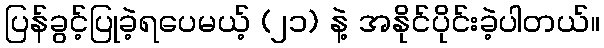
ပြန်ခွင့်ပြုခဲ့ရပေမယ့် (၂၁) နဲ့ အနိုင်ပိုင်းခဲ့ပါတယ်။